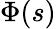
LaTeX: \Phi(s)